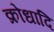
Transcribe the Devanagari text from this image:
क्रोधादि